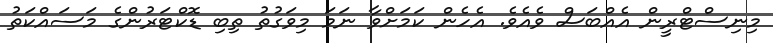
މިނިސްޓްރީން އެއްބަސް ވެއެވެ. އެހެން ކަމަށްވާ ނަމަ މިވަގުތު ތިބި ޑޮކްޓަރުންގެ މަސައްކަތު